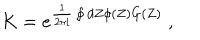
LaTeX: K = e ^ { \frac { 1 } { 2 \pi i } \oint d Z \phi ( Z ) G ( Z ) } \; ,